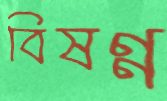
বিষণ্ণ